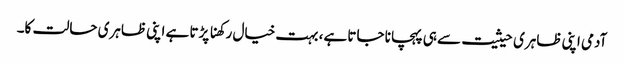
آدمی اپنی ظاہری حیثیت سے ہی پہچانا جاتا ہے، بہت خیال رکھنا پڑتا ہے اپنی ظاہری حالت کا۔